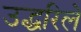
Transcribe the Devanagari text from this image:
उद्धरिले